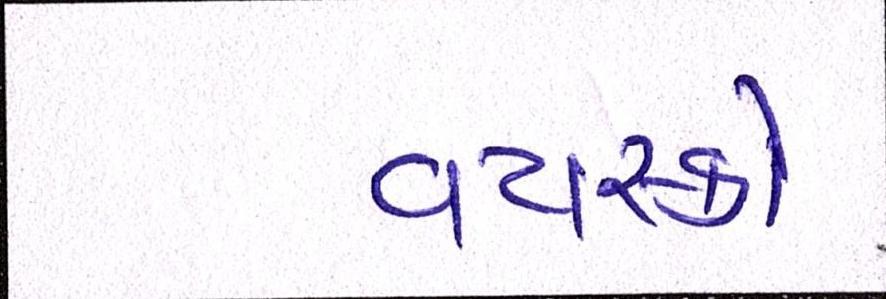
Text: વયસ્કો